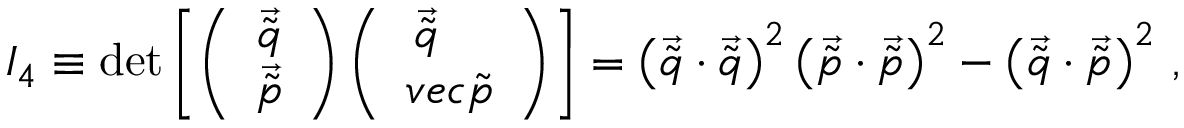
I _ { 4 } \equiv \operatorname * { d e t } \left[ \left( \begin{array} { c } { { \vec { \tilde { q } } } } \\ { { \vec { \tilde { p } } } } \end{array} \right) \left( \begin{array} { c c } { { \vec { \tilde { q } } \ \ \ } } \\ { { v e c { \tilde { p } } } } \end{array} \right) \right] = \left( \vec { \tilde { q } } \cdot \vec { \tilde { q } } \right) ^ { 2 } \left( \vec { \tilde { p } } \cdot \vec { \tilde { p } } \right) ^ { 2 } - \left( \vec { \tilde { q } } \cdot \vec { \tilde { p } } \right) ^ { 2 } \, ,